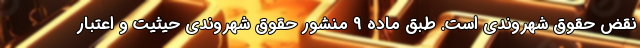
نقض حقوق شهروندی است. طبق ماده ۹ منشور حقوق شهروندی حیثیت و اعتبار